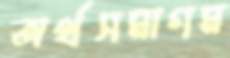
অর্থসমাগম